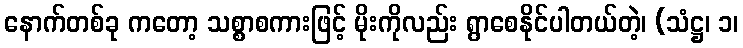
နောက်တစ်ခု ကတော့ သစ္စာစကားဖြင့် မိုးကိုလည်း ရွာစေနိုင်ပါတယ်တဲ့၊ (သံဋ္ဌ၊ ၁၊